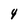
Character: 4